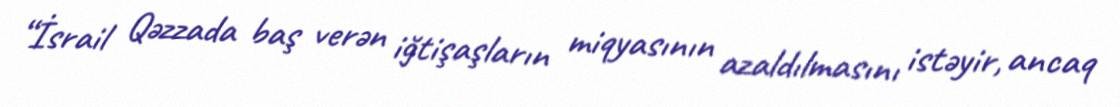
“İsrail Qəzzada baş verən iğtişaşların miqyasının azaldılmasını istəyir, ancaq